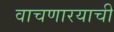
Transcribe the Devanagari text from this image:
वाचणारयाची